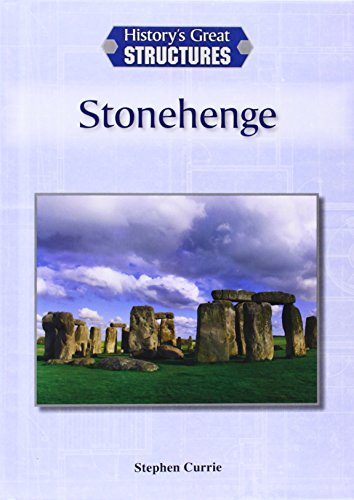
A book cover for Stonehenge (History's Great Structures (Reference Point)); Stephen Currie; Teen & Young Adult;